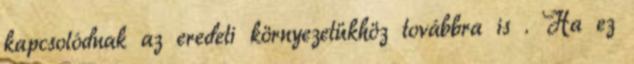
kapcsolódnak az eredeti környezetükhöz továbbra is . Ha ez